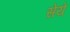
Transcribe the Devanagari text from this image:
सेये